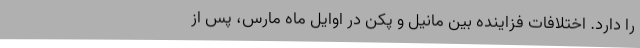
را دارد. اختلافات فزاینده‌ بین مانیل و پکن در اوایل ماه مارس، پس از